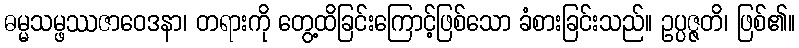
ဓမ္မသမ္ဖဿဇာဝေဒနာ၊ တရားကို တွေ့ထိခြင်းကြောင့်ဖြစ်သော ခံစားခြင်းသည်။ ဥပ္ပဇ္ဇတိ၊ ဖြစ်၏။